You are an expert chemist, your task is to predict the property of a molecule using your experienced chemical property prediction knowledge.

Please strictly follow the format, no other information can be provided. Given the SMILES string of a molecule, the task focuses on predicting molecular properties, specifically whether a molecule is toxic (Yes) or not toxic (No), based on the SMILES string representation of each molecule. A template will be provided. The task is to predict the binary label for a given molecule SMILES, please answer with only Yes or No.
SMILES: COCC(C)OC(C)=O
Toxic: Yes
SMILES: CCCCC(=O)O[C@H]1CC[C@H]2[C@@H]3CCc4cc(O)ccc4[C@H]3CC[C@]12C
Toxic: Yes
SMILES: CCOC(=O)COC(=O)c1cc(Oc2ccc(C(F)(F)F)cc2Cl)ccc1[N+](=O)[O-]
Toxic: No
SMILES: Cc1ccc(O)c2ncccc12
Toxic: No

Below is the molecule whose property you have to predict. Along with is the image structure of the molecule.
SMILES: Cc1nn(-c2cc(NS(C)(=O)=O)c(Cl)cc2Cl)c(=O)n1C(F)F
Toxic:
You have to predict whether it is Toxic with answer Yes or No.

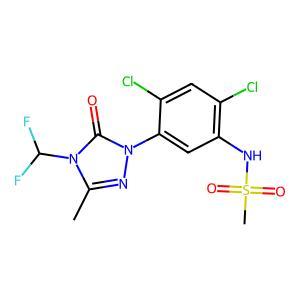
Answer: No